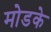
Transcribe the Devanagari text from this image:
मोडके